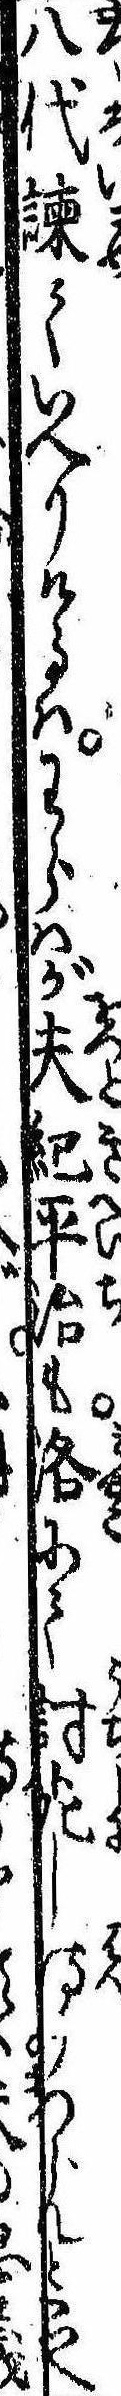
八代諌ていへりけるはわらはが夫紀平治も洛にて討死し侍りつらんとへ